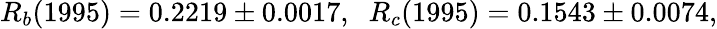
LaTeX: R_{b}(1995)=0.2219\pm 0.0017,\; \; R_{c}(1995)=0.1543\pm 0.0074,